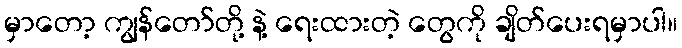
မှာတော့ ကျွန်တော်တို့ နဲ့ ရေးထားတဲ့ တွေကို ချိတ်ပေးရမှာပါ။